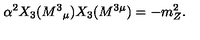
\alpha ^ { 2 } X _ { 3 } ( M ^ { 3 } { } _ { \mu } ) X _ { 3 } ( M ^ { 3 \mu } ) = - m _ { Z } ^ { 2 } .